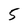
Character: 5